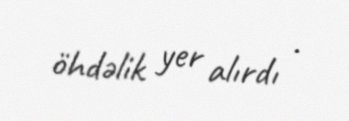
öhdəlik yer alırdı .